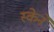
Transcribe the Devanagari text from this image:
स्केने